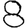
Digit: 8